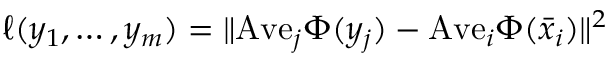
\ell ( y _ { 1 } , \ldots , y _ { m } ) = \| \mathrm { A v e } _ { j } \Phi ( y _ { j } ) - \mathrm { A v e } _ { i } \Phi ( \bar { x } _ { i } ) \| ^ { 2 }